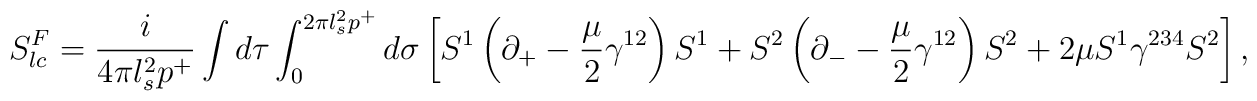
S^F_{lc} = \frac{i}{4 \pi l_s^2 p^+} \int d \tau \int_{0}^{2 \pi l_s^2 p^+} d \sigma\left[    S^1 \left( \partial_+ - \frac{\mu}{2} \gamma^{12} \right) S^1 +   S^2 \left( \partial_- - \frac{\mu}{2} \gamma^{12} \right) S^2 +   2 \mu  S^1 \gamma^{234} S^2 \right],